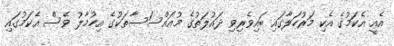
އެއީ އެކަމުގެ އެކި މަރުހަލާގައި ބައިވެރިވި ދައުލަތުގެ މުއައްސަސާތަކުގެ އިހުމާލު ވެސް އެކަމުގައި